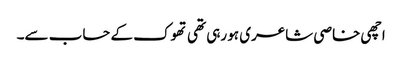
اچھی خاصی شاعری ہو رہی تھی تھوک کے حساب سے۔